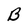
Character: B